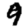
Digit: 9